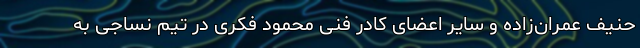
حنیف عمران‌زاده و سایر اعضای کادر فنی محمود فکری در تیم نساجی به